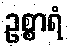
ဥစ္စာရံ